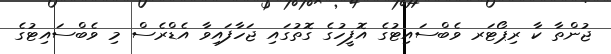
ޖުންތާ ކާ ރިޕޯޓަރ ވެބްސައިޓުގެ އޮފީހުގެ ގޮތުގައި ޖަހާފައިވާ އެޑްރެސް މި ވެބްސައިޓުގެ